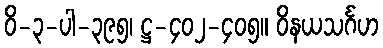
ဝိ-၃-ပါ-၃၉၅၊ ဋ္ဌ-၄၀၂-၄၀၅။ ဝိနယသင်္ဂဟ